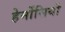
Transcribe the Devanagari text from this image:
हेर्मोसियो